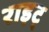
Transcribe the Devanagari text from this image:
राइट्‍